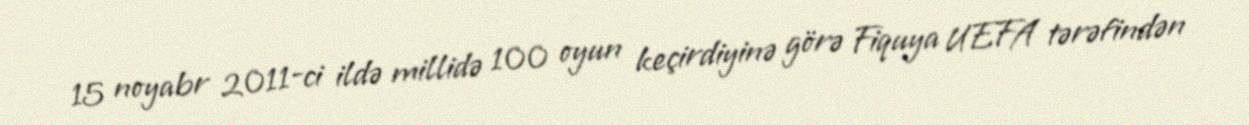
15 noyabr 2011-ci ildə millidə 100 oyun keçirdiyinə görə Fiquya UEFA tərəfindən